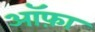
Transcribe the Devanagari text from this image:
ऑफ़ा